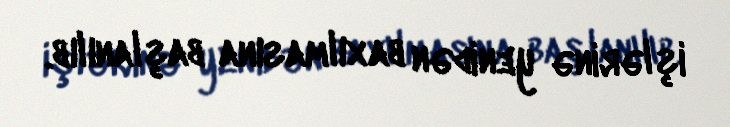
işlərinə yenidən baxılmasına başlanılıb.